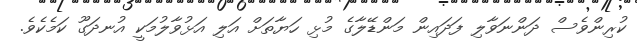
ކުރިންވެސް ދަންނަވާލި ފަދައިން މަންޑޭލާގެ މުޅި ހަޔާތަށް އަލި އަޅުވާލުމަކީ އުނދަގޫ ކަމެކެވެ.